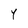
Character: Y